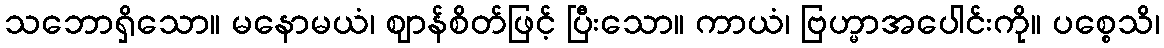
သဘောရှိသော။ မနောမယံ၊ ဈာန်စိတ်ဖြင့် ပြီးသော။ ကာယံ၊ ဗြဟ္မာအပေါင်းကို။ ပစ္စေသိ၊